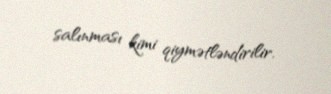
salınması kimi qiymətləndirilir.